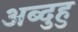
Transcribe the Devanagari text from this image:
अब्दुहु